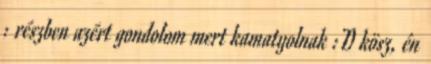
: részben azért gondolom mert kamatyolnak :D kösz, én